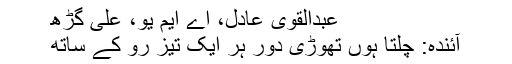
عبدالقوی عادل، اے ایم یو، علی گڑھ
آئندہ: چلتا ہوں تھوڑی دور ہر ایک تیز رو کے ساتھ